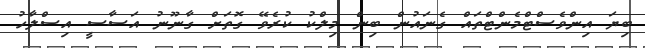
ބިޔަ އިންވެސްޓްމެންޓްތައް ގެނައުން ބިން މިލްކު ކުރެވޭ ގޮތަށް ގާނޫނު އަސާސީ އިސްލާހު